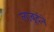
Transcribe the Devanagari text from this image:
लाबूर्दने